Plague in India, 1896, 1897 - Volume 3
Year: 1896
Disease focus: Plague
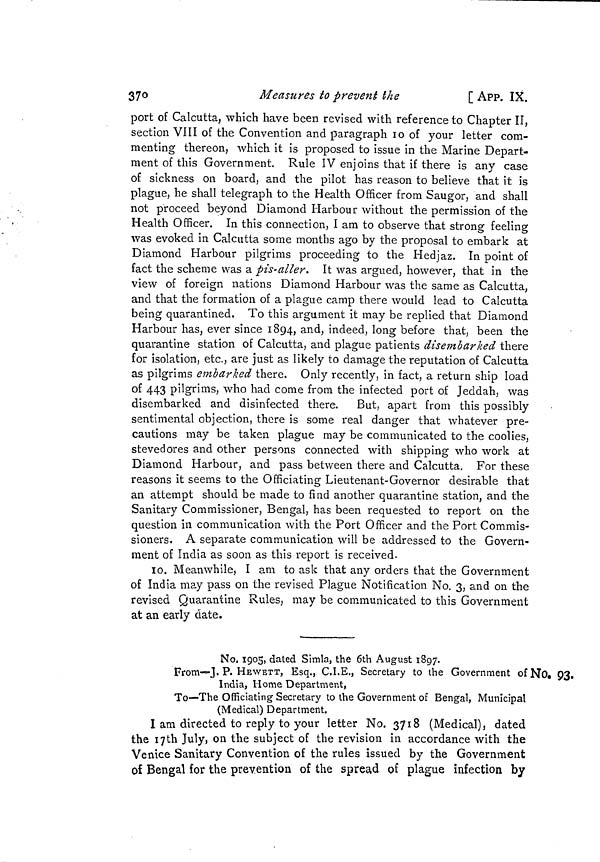
370
Measures to prevent the
[ APP. IX.
port of Calcutta, which have been revised with reference to Chapter II,
section VIII of the Convention and paragraph 10 of your letter com-
menting thereon, which it is proposed to issue in the Marine Depart-
ment of this Government. Rule IV enjoins that if there is any case
of sickness on board, and the pilot has reason to believe that it is
plague, he shall telegraph to the Health Officer from Saugor, and shall
not proceed beyond Diamond Harbour without the permission of the
Health Officer. In this connection, I am to observe that strong feeling
was evoked in Calcutta some months ago by the proposal to embark at
Diamond Harbour pilgrims proceeding to the Hedjaz. In point of
fact the scheme was a pis-aller. It was argued, however, that in the
view of foreign nations Diamond Harbour was the same as Calcutta,
and that the formation of a plague camp there would lead to Calcutta
being quarantined. To this argument it may be replied that Diamond
Harbour has, ever since 1894, and, indeed, long before that, been the
quarantine station of Calcutta, and plague patients disembarked there
for isolation, etc., are just as likely to damage the reputation of Calcutta
as pilgrims embarked there. Only recently, in fact, a return ship load
of 443 pilgrims, who had come from the infected port of Jeddah, was
disembarked and disinfected there. But, apart from this possibly
sentimental objection, there is some real danger that whatever pre-
cautions may be taken plague may be communicated to the coolies,
stevedores and other persons connected with shipping who work at
Diamond Harbour, and pass between there and Calcutta. For these
reasons it seems to the Officiating Lieutenant-Governor desirable that
an attempt should be made to find another quarantine station, and the
Sanitary Commissioner, Bengal, has been requested to report on the
question in communication with the Port Officer and the Port Commis-
sioners. A separate communication will be addressed to the Govern-
ment of India as soon as this report is received.
10. Meanwhile, I am to ask that any orders that the Government
of India may pass on the revised Plague Notification No. 3, and on the
revised Quarantine Rules, may be communicated to this Government
at an early date.
No. 93.
No. 1905, dated Simla, the 6th August 1897.
From—J. P. HEWETT, Esq., C.I.E., Secretary to the Government of
India, Home Department,
To—The Officiating Secretary to the Government of Bengal, Municipal
(Medical) Department.
I am directed to reply to your letter No. 3718 (Medical), dated
the 17th July, on the subject of the revision in accordance with the
Venice Sanitary Convention of the rules issued by the Government
of Bengal for the prevention of the spread of plague infection by